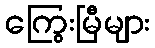
ကြွေးမြီများ